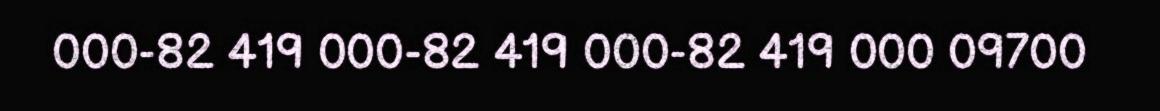
000-82 419 000-82 419 000-82 419 000 09700